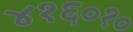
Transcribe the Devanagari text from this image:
४१६०१०